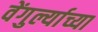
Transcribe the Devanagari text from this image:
वेंगुर्ल्याच्या